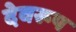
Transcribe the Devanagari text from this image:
देवरूप